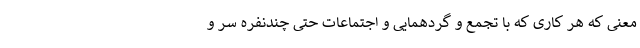
معنی که هر کاری که با تجمع و گردهمایی و اجتماعات حتی چندنفره سر و